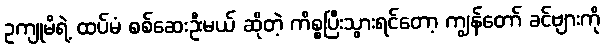
ဥကျုမိရဲ့ ထပ်မံ စစ်ဆေးဦးမယ် ဆိုတဲ့ ကိစ္စပြီးသွားရင်တော့ ကျွန်တော် ခင်ဗျားကို